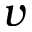
v